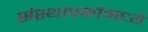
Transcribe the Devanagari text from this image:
संस्थापकांमध्ये